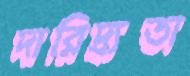
দারিদ্র্যতা